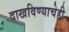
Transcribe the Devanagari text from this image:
दाखविण्याचेही